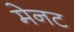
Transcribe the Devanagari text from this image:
मेनट